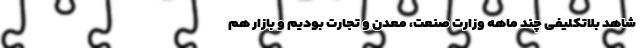
شاهد بلاتکلیفی چند ماهه وزارت صنعت، معدن و تجارت بودیم و بازار هم